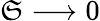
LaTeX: \mathfrak{S}\longrightarrow0